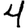
Digit: 4